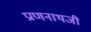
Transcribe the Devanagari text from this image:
प्राणनाथजी